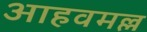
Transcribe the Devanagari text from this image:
आहवमल्ल